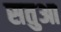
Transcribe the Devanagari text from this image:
सतुआ